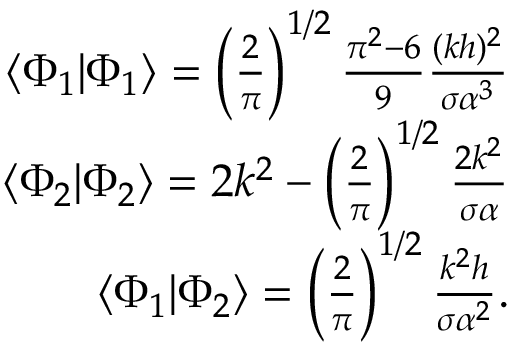
\begin{array} { r l r } & { } & { \langle \Phi _ { 1 } | \Phi _ { 1 } \rangle = \left( \frac { 2 } { \pi } \right) ^ { 1 / 2 } \frac { \pi ^ { 2 } - 6 } { 9 } \frac { ( k h ) ^ { 2 } } { \sigma \alpha ^ { 3 } } } \\ & { } & { \langle \Phi _ { 2 } | \Phi _ { 2 } \rangle = 2 k ^ { 2 } - \left( \frac { 2 } { \pi } \right) ^ { 1 / 2 } \frac { 2 k ^ { 2 } } { \sigma \alpha } } \\ & { } & { \langle \Phi _ { 1 } | \Phi _ { 2 } \rangle = \left( \frac { 2 } { \pi } \right) ^ { 1 / 2 } \frac { k ^ { 2 } h } { \sigma \alpha ^ { 2 } } . } \end{array}